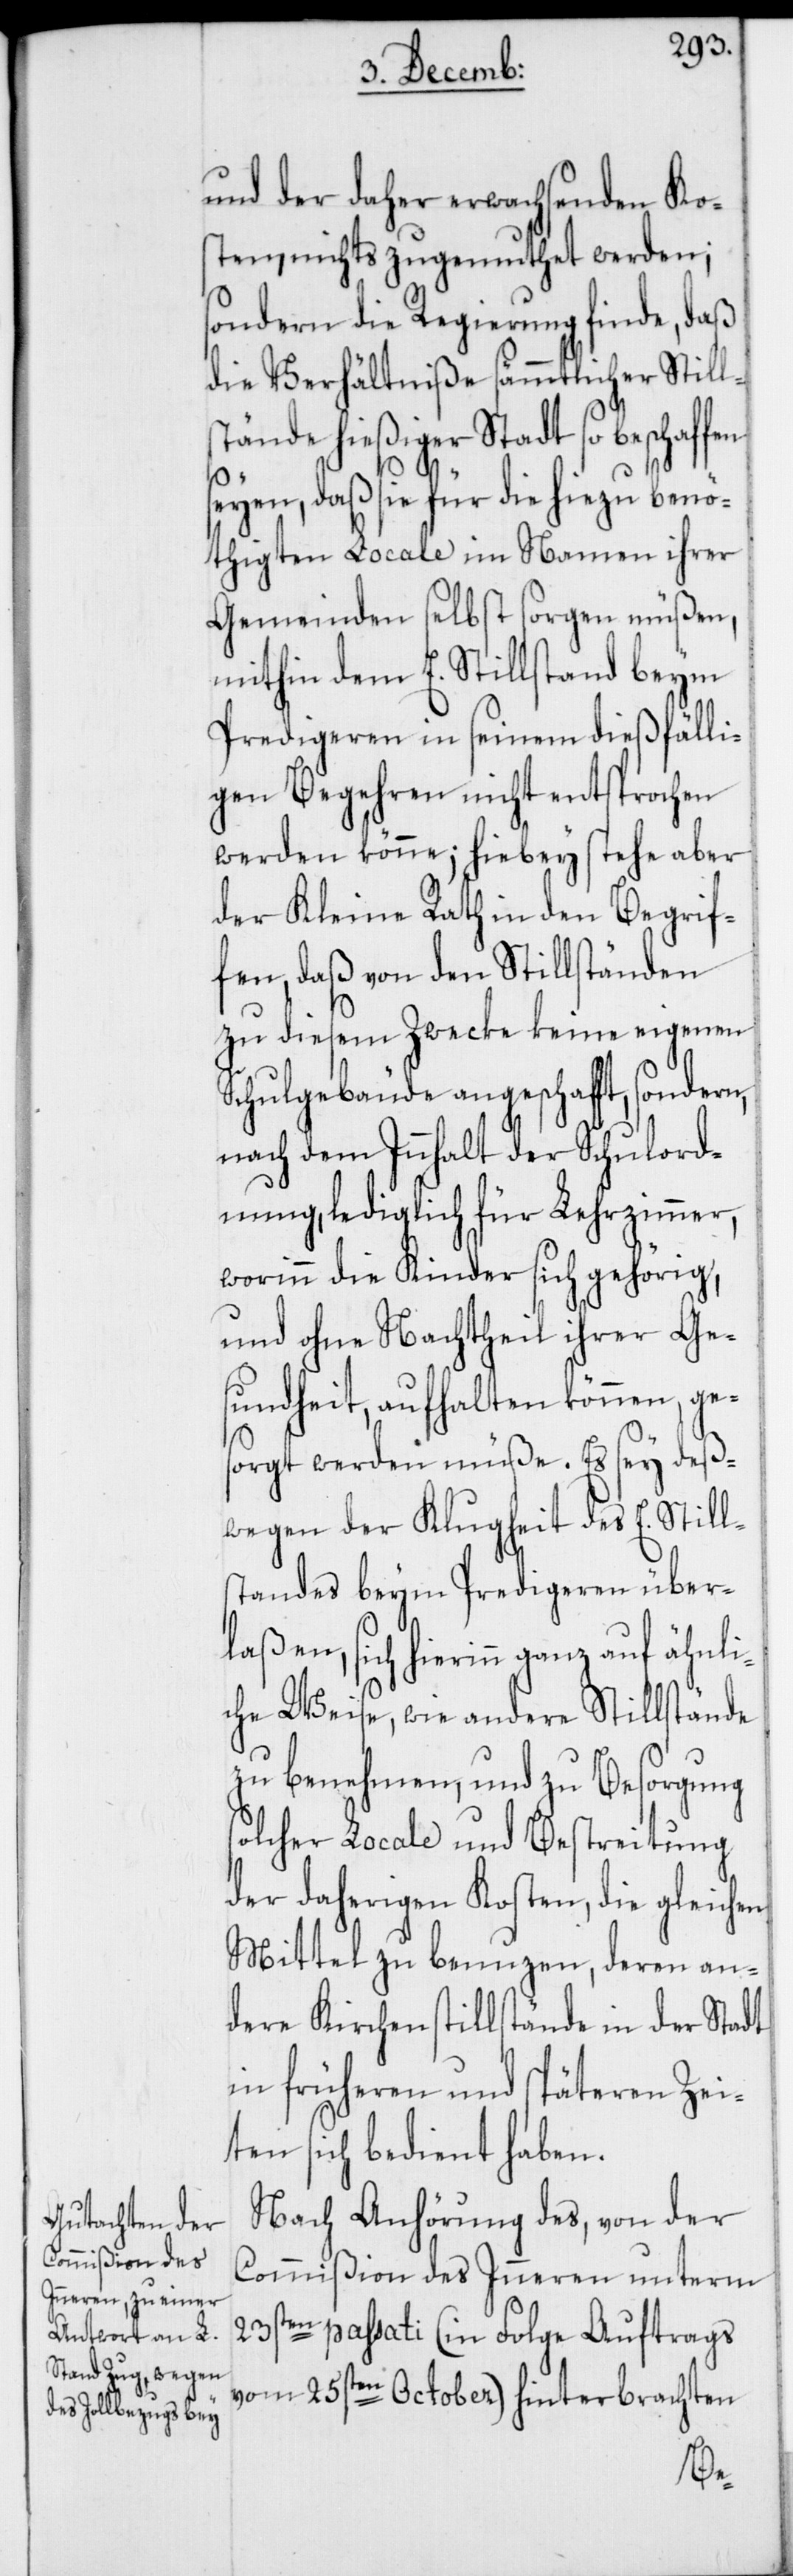
und der daher erwachsenden Ko¬
sten, nichts zugemuthet werden;
sondern die Regierung finde, daß
die Verhältniße sämmtlicher Still¬
stände hießiger Stadt so beschaffen
seyen, daß sie für die hiezu benö¬
thigten Locale im Namen ihrer
Gemeinden selbst sorgen müßen,
mithin dem E. Stillstand beym
Predigeren in seinem dießfälli¬
gen Begehren nicht entsprochen
werden könne; hiebey stehe aber
der Kleine Rath in den Begrif¬
fen, daß von den Stillständen
zu diesem Zwecke keine eigenen
Schulgebäude angeschafft, sondern,
nach dem Innhalt der Schulord¬
nung, lediglich für Lehrzimmer,
worinn die Kinder sich gehörig,
und ohne Nachtheil ihrer Ge¬
sundheit, aufhalten können, ge¬
sorgt werden müße. Es sey deß¬
wegen der Klugheit des E. Still¬
standes beym Predigeren über¬
laßen, sich hierinn ganz auf äh¬
che Weise, wie andere Stillstände
zu benehmen, und zu Besorgung
solcher Locale und Bestreitung
der daherigen Kosten, die gleich¬
Mittel zu benuzen, deren an¬
dere Kirchenstillstände in der Stadt
in früheren und späteren Zei¬
ten sich bedient haben.
Nach Anhörung des, von der
Commißion des Inneren unterm
23sten passati (in Folge Auftrags
vom 25sten October) hinterbrachten
en